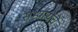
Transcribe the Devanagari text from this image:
सभ्यत्येचे